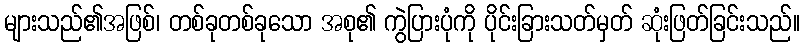
များသည်၏အဖြစ်၊ တစ်ခုတစ်ခုသော အစု၏ ကွဲပြားပုံကို ပိုင်းခြားသတ်မှတ် ဆုံးဖြတ်ခြင်းသည်။